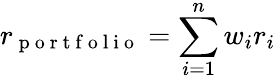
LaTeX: r_{\mathrm{~p~o~r~t~f~o~l~i~o~}}=\sum_{i=1}^{n}w_{i}r_{i}